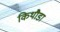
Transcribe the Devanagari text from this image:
किथौडा